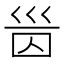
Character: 𡿸